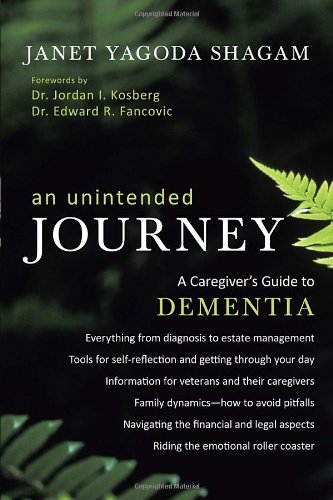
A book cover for An Unintended Journey: A Caregiver's Guide to Dementia; Janet Yagoda Shagam; Health, Fitness & Dieting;